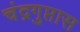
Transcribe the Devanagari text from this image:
चंद्रगुप्तास